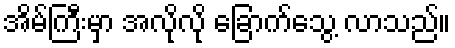
အိမ်ကြီးမှာ အလိုလို ခြောက်သွေ့ လာသည်။